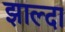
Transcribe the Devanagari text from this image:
झाल्दा